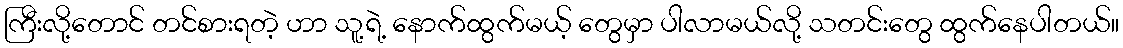
ကြီးလို့တောင် တင်စားရတဲ့ ဟာ သူ့ရဲ့ နောက်ထွက်မယ့် တွေမှာ ပါလာမယ်လို့ သတင်းတွေ ထွက်နေပါတယ်။